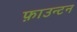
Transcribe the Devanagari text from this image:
फ़ाउन्टन